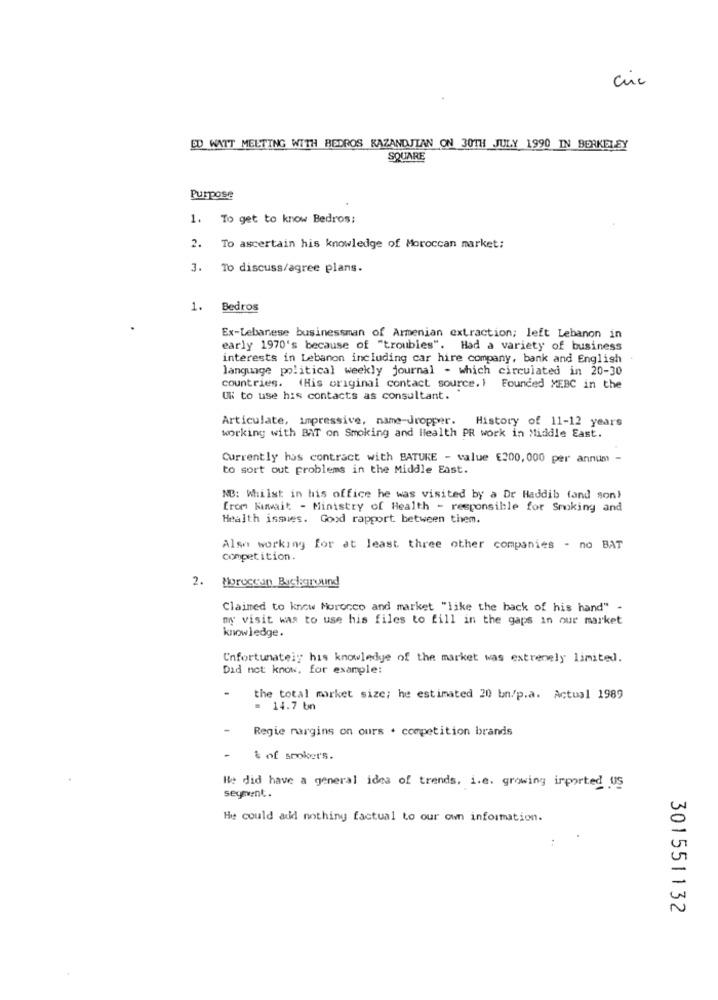
cuc
ED WATT MEETING WITH BEDROS KAZANDJIAN ON 30TH JULY 1990 IN BERKELEY
SQUARE
Purpose
1. To get to know Bedros:
2. To ascertain his knowledge of Moroccan market:
3. To discuss/agree plans.
1. Bedros
Ex-Lebanese businessman of Armenian extraction; left Lebanon in
early 1970's because of "troubles". Had a variety of business
interests in Lebanon including car hire company, bank and English
language political weekly journal - which circulated in 20-30
countries. (His original contact source. 1 Founded MEBC in the
UR to use his contacts as consultant.
Articulate, impressive, name-dropper.
History of 11-12 years
working with BAT on Smoking and Health PR work in Middle East.
Currently has contract with BATURE - value €200, 000 per annum -
to sort out problems in the Middle East.
NB: Whilst in his office he was visited by a Dr Haddib (and son)
from Kuwait - Ministry of Health - responsible for Smoking and
Health issues. Good rapport between them.
Also working for at least three other companies - no BAT
competition.
2. Moroccan Background
Claimed to know Morocco and market "like the back of his hand" -
my visit was to use his files to fill in the gaps in our market
knowledge.
Unfortunately his knowledge of the market was extremely limited.
Did not know, for example:
-
the total market size; he estimated 20 bn/p.a. Actual 1989
= 14.7 bn
Regie margins on ours . competition brands
& of spoker's.
He did have a general idea of trends, i.e. growing imported US
segment.
He could add nothing factual to our own information.
301551132